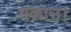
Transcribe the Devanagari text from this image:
मकाउ।